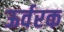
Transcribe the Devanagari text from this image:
ऊर्वरक